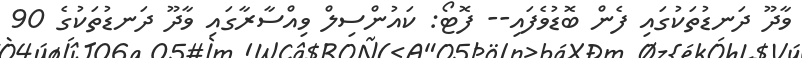
ވާދޫ ދަނޑުތަކުގައި ފެން ބޮޑުވެފައި-- ފޮޓޯ: ކައުންސިލް ވިއްސާރާގައި ވާދޫ ދަނޑުތަކުގެ 90